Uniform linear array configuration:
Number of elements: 12
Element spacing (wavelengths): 0.75
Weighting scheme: uniform
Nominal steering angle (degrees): -15
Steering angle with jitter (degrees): -16.426
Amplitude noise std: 0.05
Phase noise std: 0.05

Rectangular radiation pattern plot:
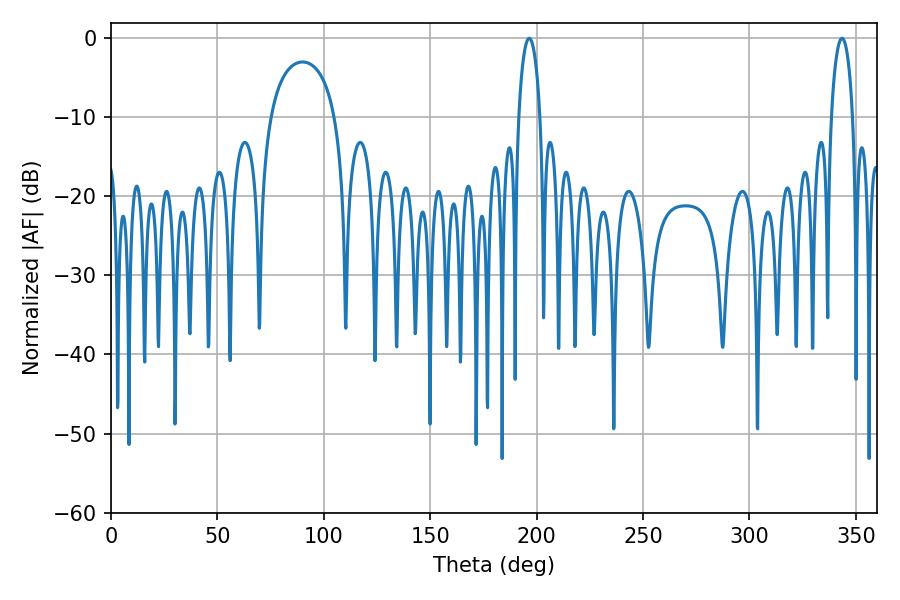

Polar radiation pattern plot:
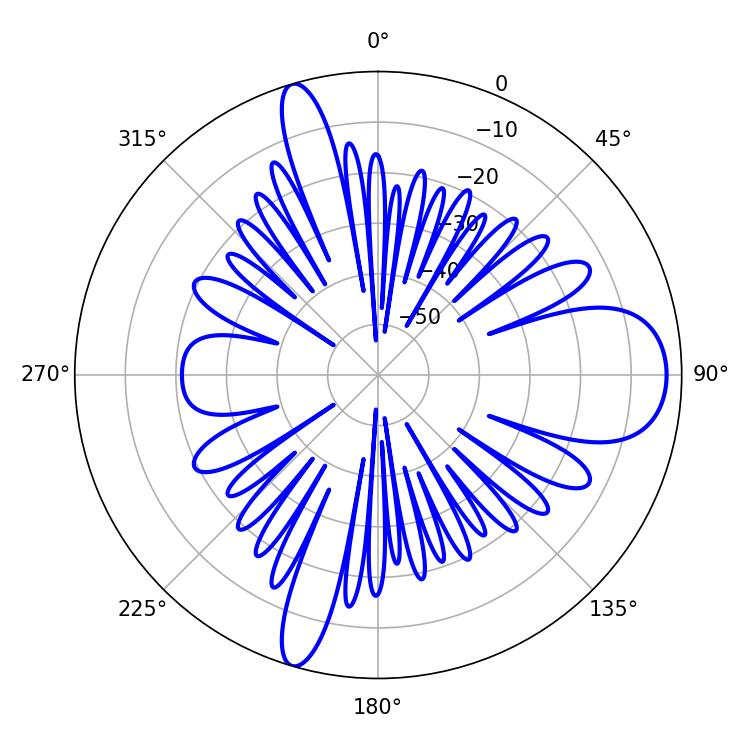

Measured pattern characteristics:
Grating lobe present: TRUE
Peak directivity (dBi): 11.886
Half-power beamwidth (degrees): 5.76
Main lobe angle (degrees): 196.56